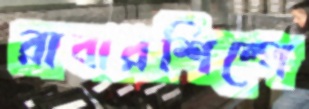
রাবারশিল্পে